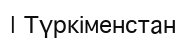
| Түркіменстан